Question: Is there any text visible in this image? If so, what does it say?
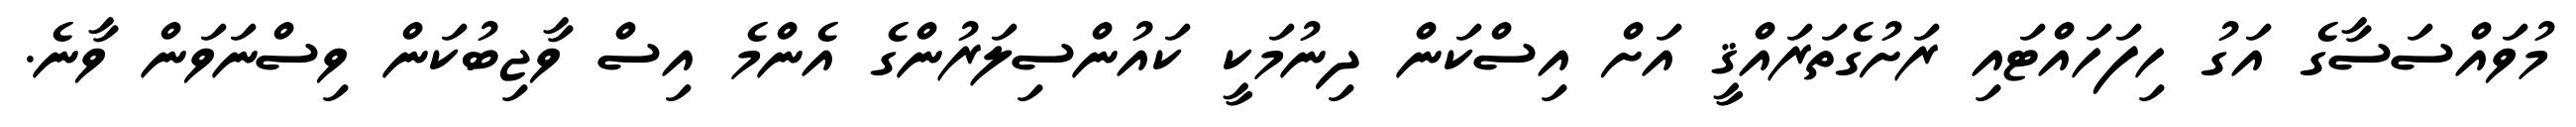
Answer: މުވައްސަސާގެ އަގު ހިފަހައްޓައި ރަށުގެތަރައްޤީ އަށް އިސްކަން ދިނުމަކީ ކައުންސިލަރުންގެ އެންމެ އިސް ވާޖިބުކަން ވިސްނަވަން ވާނެ.